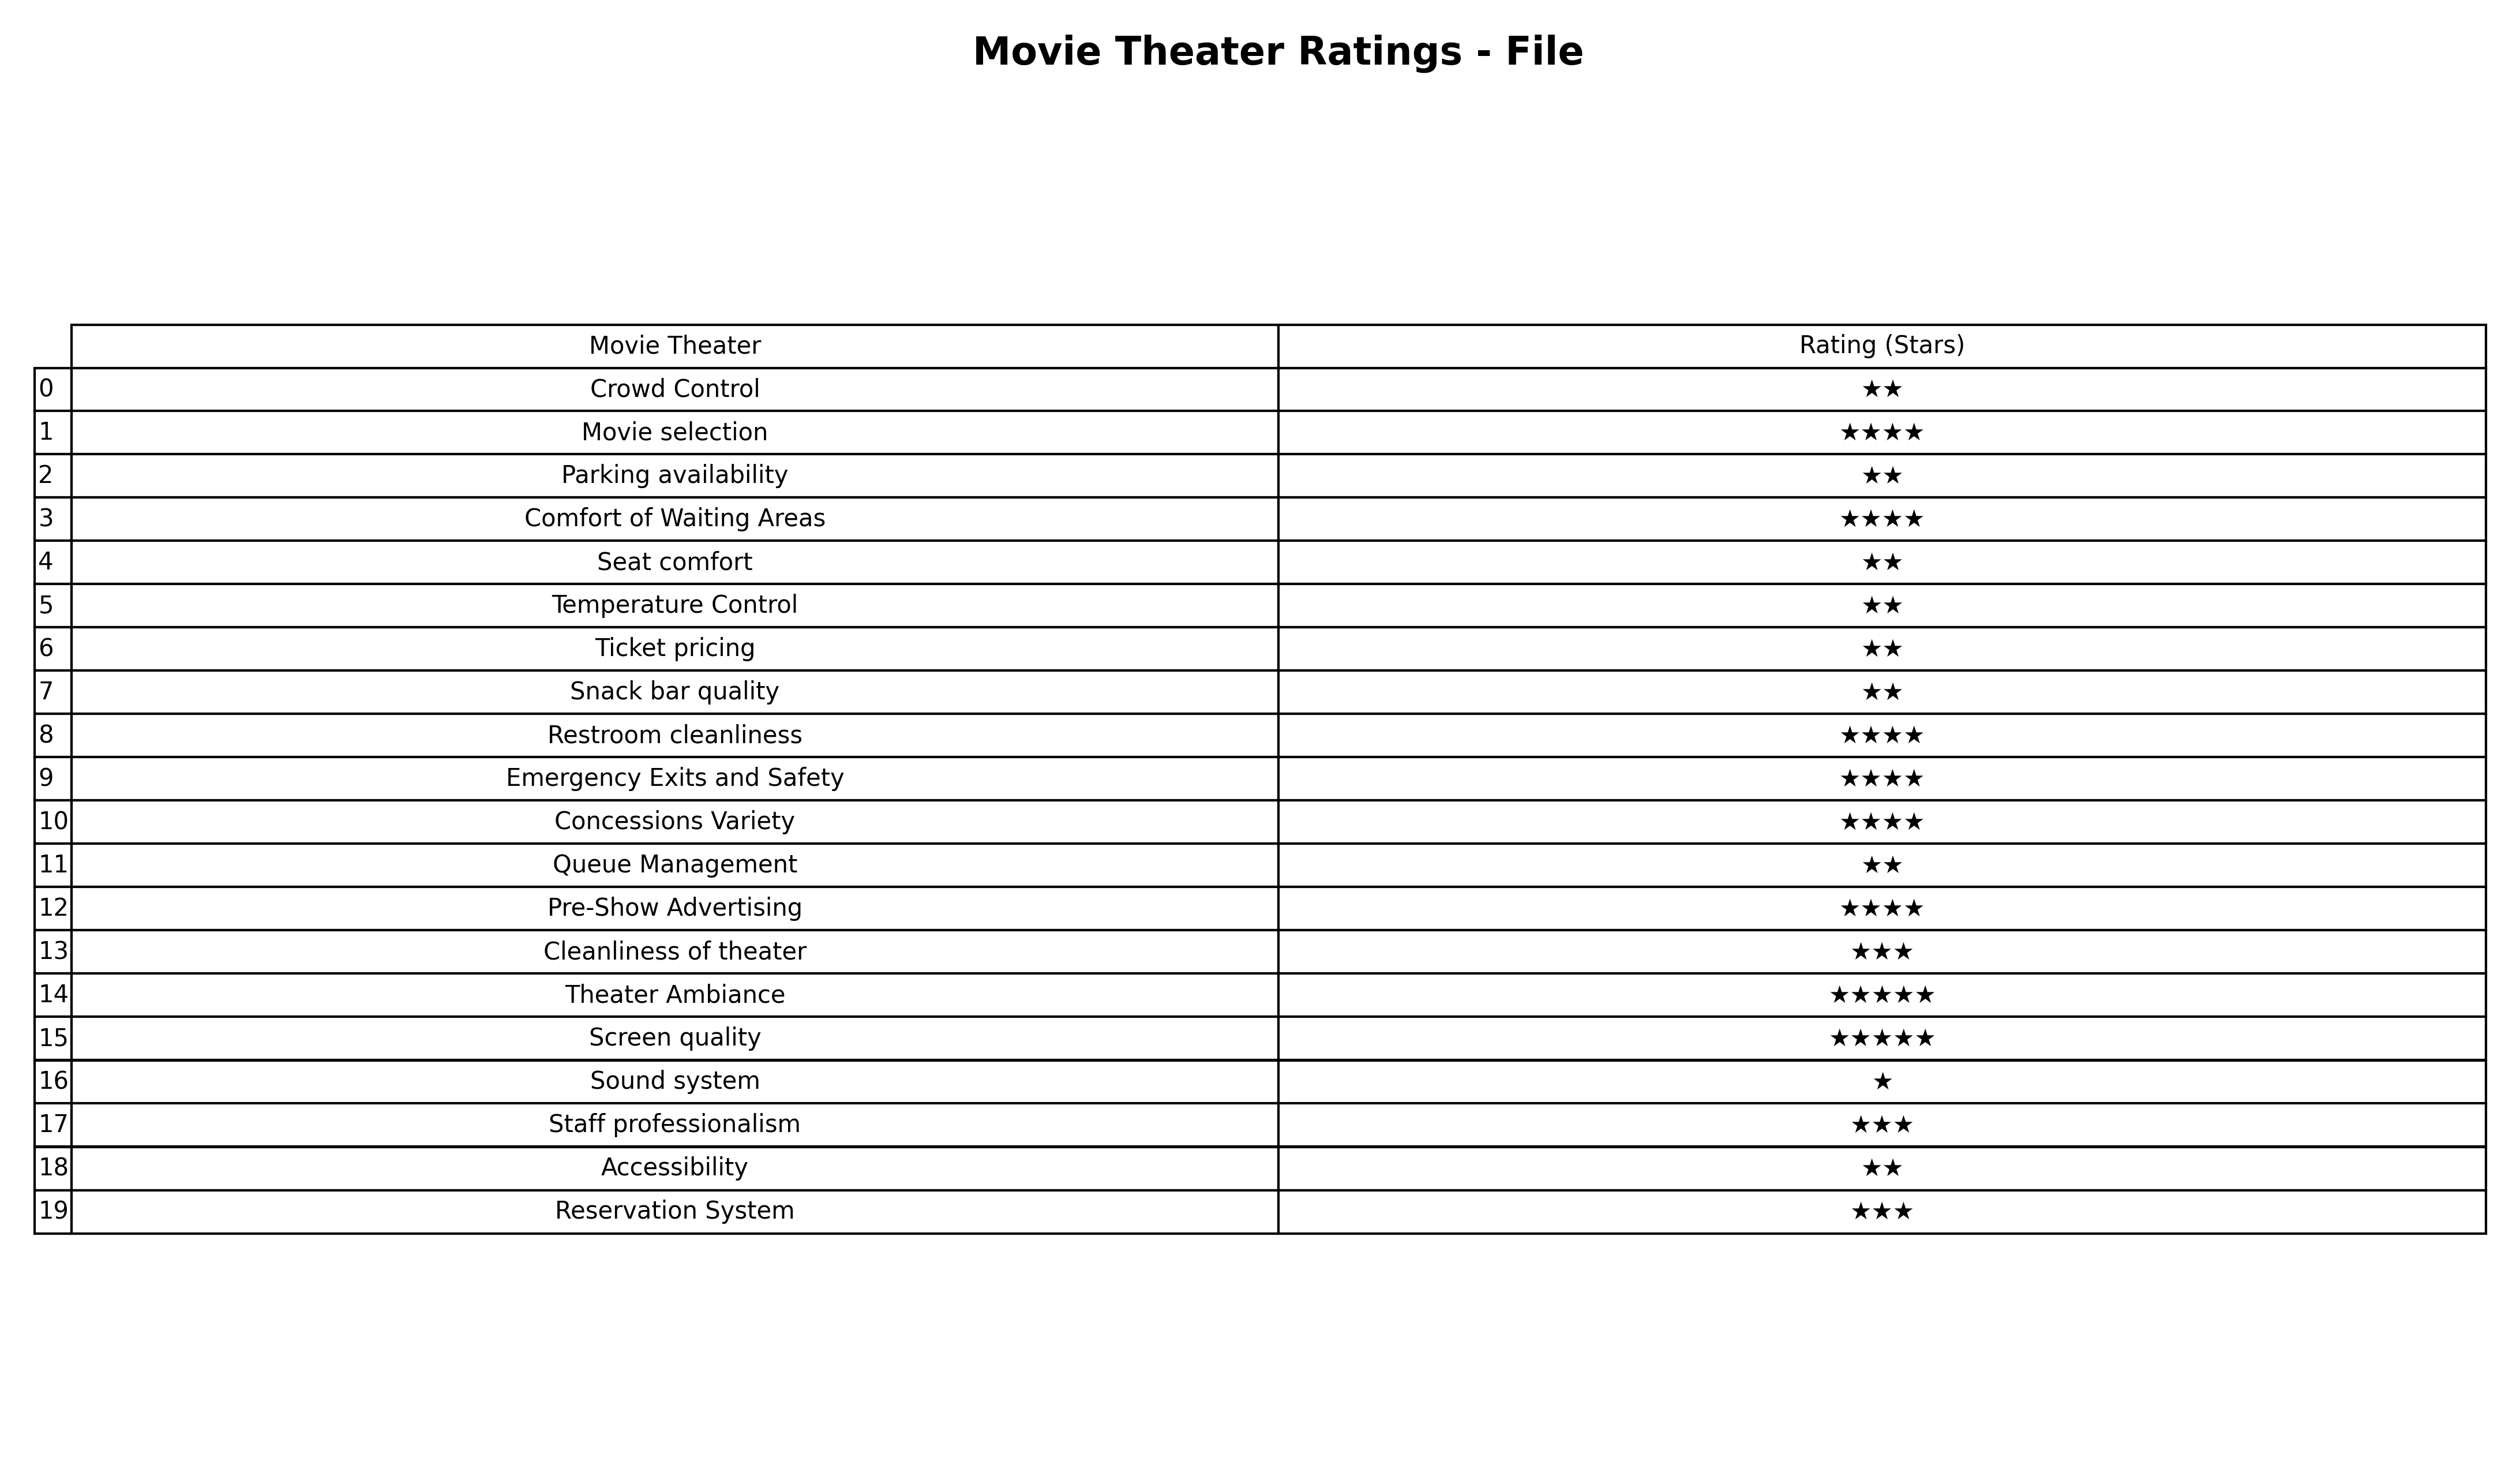
question: What are one star services?
answer: Sound system